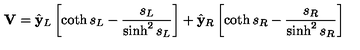
{ \bf V } = { \hat { \bf y } } _ { L } \left[ \coth s _ { L } - { \frac { s _ { L } } { \sinh ^ { 2 } s _ { L } } } \right] + { \hat { \bf y } } _ { R } \left[ \coth s _ { R } - { \frac { s _ { R } } { \sinh ^ { 2 } s _ { R } } } \right]